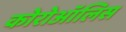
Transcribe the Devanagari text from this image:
कोरोऑलिस